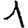
Digit: 1